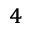
^ { 4 }